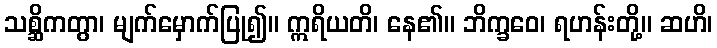
သစ္ဆိကတွာ၊ မျက်မှောက်ပြု၍။ ဣရိယတိ၊ နေ၏။ ဘိက္ခဝေ၊ ရဟန်းတို့။ ဆဟိ၊